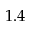
1 . 4